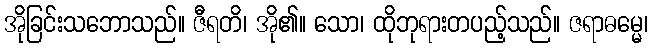
အိုခြင်းသဘောသည်။ ဇီရတိ၊ အို၏။ သော၊ ထိုဘုရားတပည့်သည်။ ဇရာဓမ္မေ၊